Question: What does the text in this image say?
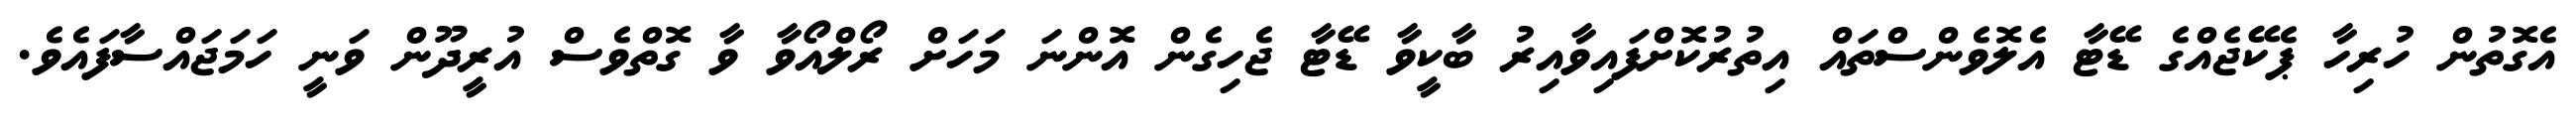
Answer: އެގޮތުން ހުރިހާ ޕެކޭޖެއްގެ ޑޭޓާ އެލޮވެންސްތައް އިތުރުކޮށްފައިވާއިރު ބާކީވާ ޑޭޓާ ޖެހިގެން އޮންނަ މަހަށް ރޯލްއޯވާ ވާ ގޮތްވެސް އުރީދޫން ވަނީ ހަމަޖައްސާފައެވެ.